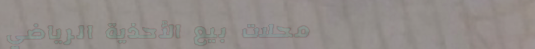
محلات بيع الأحذية الرياضي